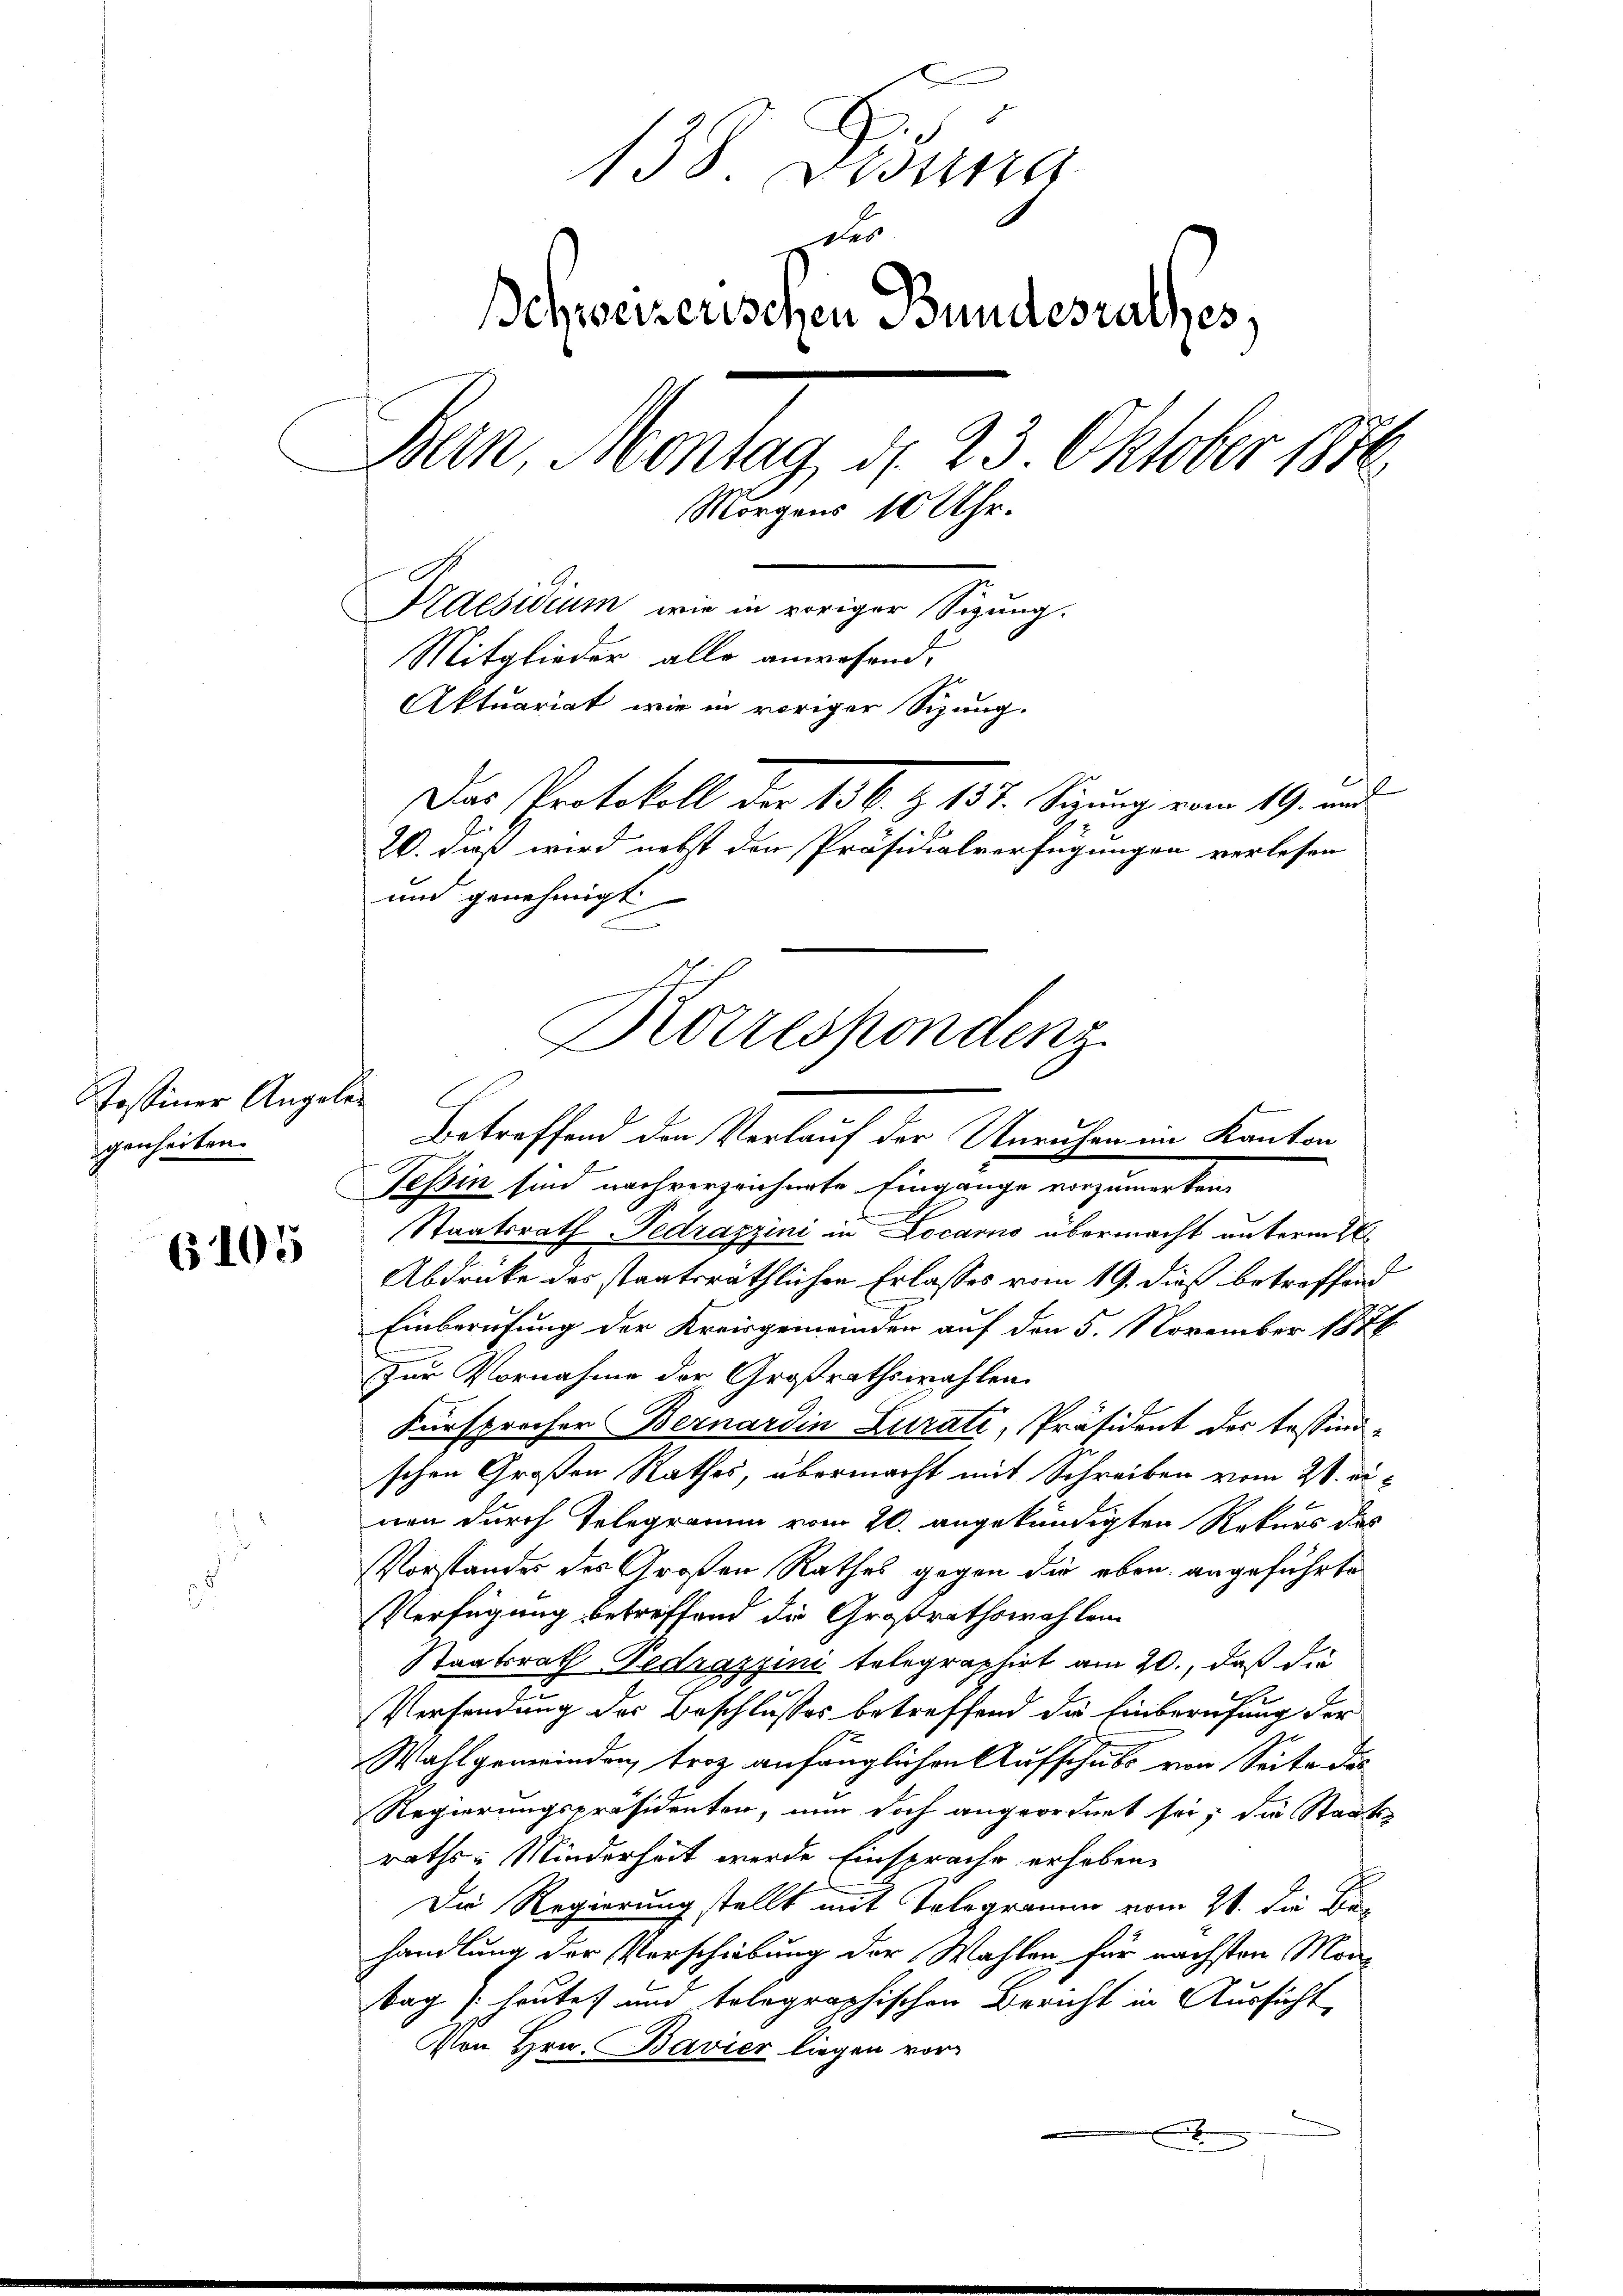
6105

138. Disung
Schweizerischen Bundesrathes,
Bern, Montag d. 23. Oktober 1870
Morgens 10 Uhr.
Praesidium, wie in voriger Sigung.
Mitglieder alle anwesend,
Aktuariat wie in voriger Sizung.
Das Protokoll der 136. z. 157. Sizung vom 19. und
20. daß wird nebst den Präsidialverfügungen verlesen
und genehmigt

Tessiner Angaben
genheiten.

Staatsrath Pedrazzini in Locarno übermacht unterm 2
2
Abdrücke des staatsräthlichen Erlasses vom 19. dieß betreffend
Einberufung der Kreisgemeinden auf den 5. November 1874
zur Vornahme der Großrathswahlen.
Fürsprecher Bernardin Lurati, Präsident des Tessinschen Großen Rathes, übermacht mit Schreiben vom 21. di
nen durch Telegramm vom 20. angekündigten Rekurs des
Vorstandes des Großen Rathes gegen die eben angeführte
Verfügung betreffend die Großrathswahlen
Staatsrath Pedrazzini telegraphirt am 20., daß die
Versendung der Beschlusses betreffend die Einberufung der
Wahlgemeinden, trotz anfänglichen Aufschub von Seite des
Regierungspräsidenten, nun doch angeordnet sei; die Staats
raths-Minderheit werde Einsprache erhoben.
Die Regierung stellt mit Telegramm vom 21. die Behandlung der Verschiebung der Wahlen, für nächsten Montag heutet und telegraphischen Bericht in Aussicht
Von Hrn. Bavier liegen vor
x

Korrespondenz
Betreffend den Verlauf der Unruhen im Kanton
Tessin sind nachverzeichnete Eingange vorzumerken.